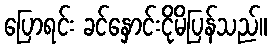
ပြောရင်း ခင်နှောင်းငိုမိပြန်သည်။